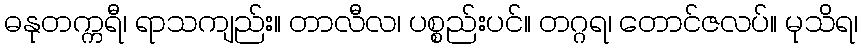
ဓနုတက္ကရီ၊ ရာသကျည်း။ တာလီလ၊ ပစ္စည်းပင်။ တဂ္ဂရ၊ တောင်ဇလပ်။ မုသိရ၊